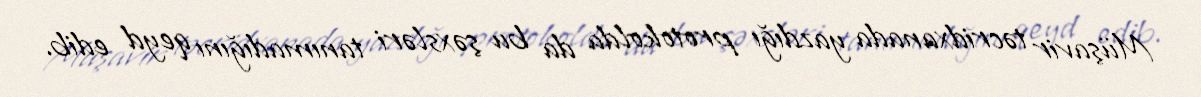
Müşavir təcridxanada yazdığı protokolda da bu şəxsləri tanımadığını qeyd edib.